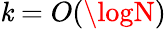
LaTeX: \mathit{k}=O(\logN)